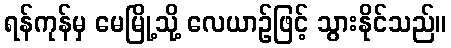
ရန်ကုန်မှ မေမြို့သို့ လေယာဉ်ဖြင့် သွားနိုင်သည်။